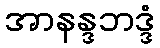
အာနန္ဒဘဒ္ဒံ